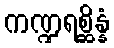
ကဏ္ဍရစ္ဆိန္နံ